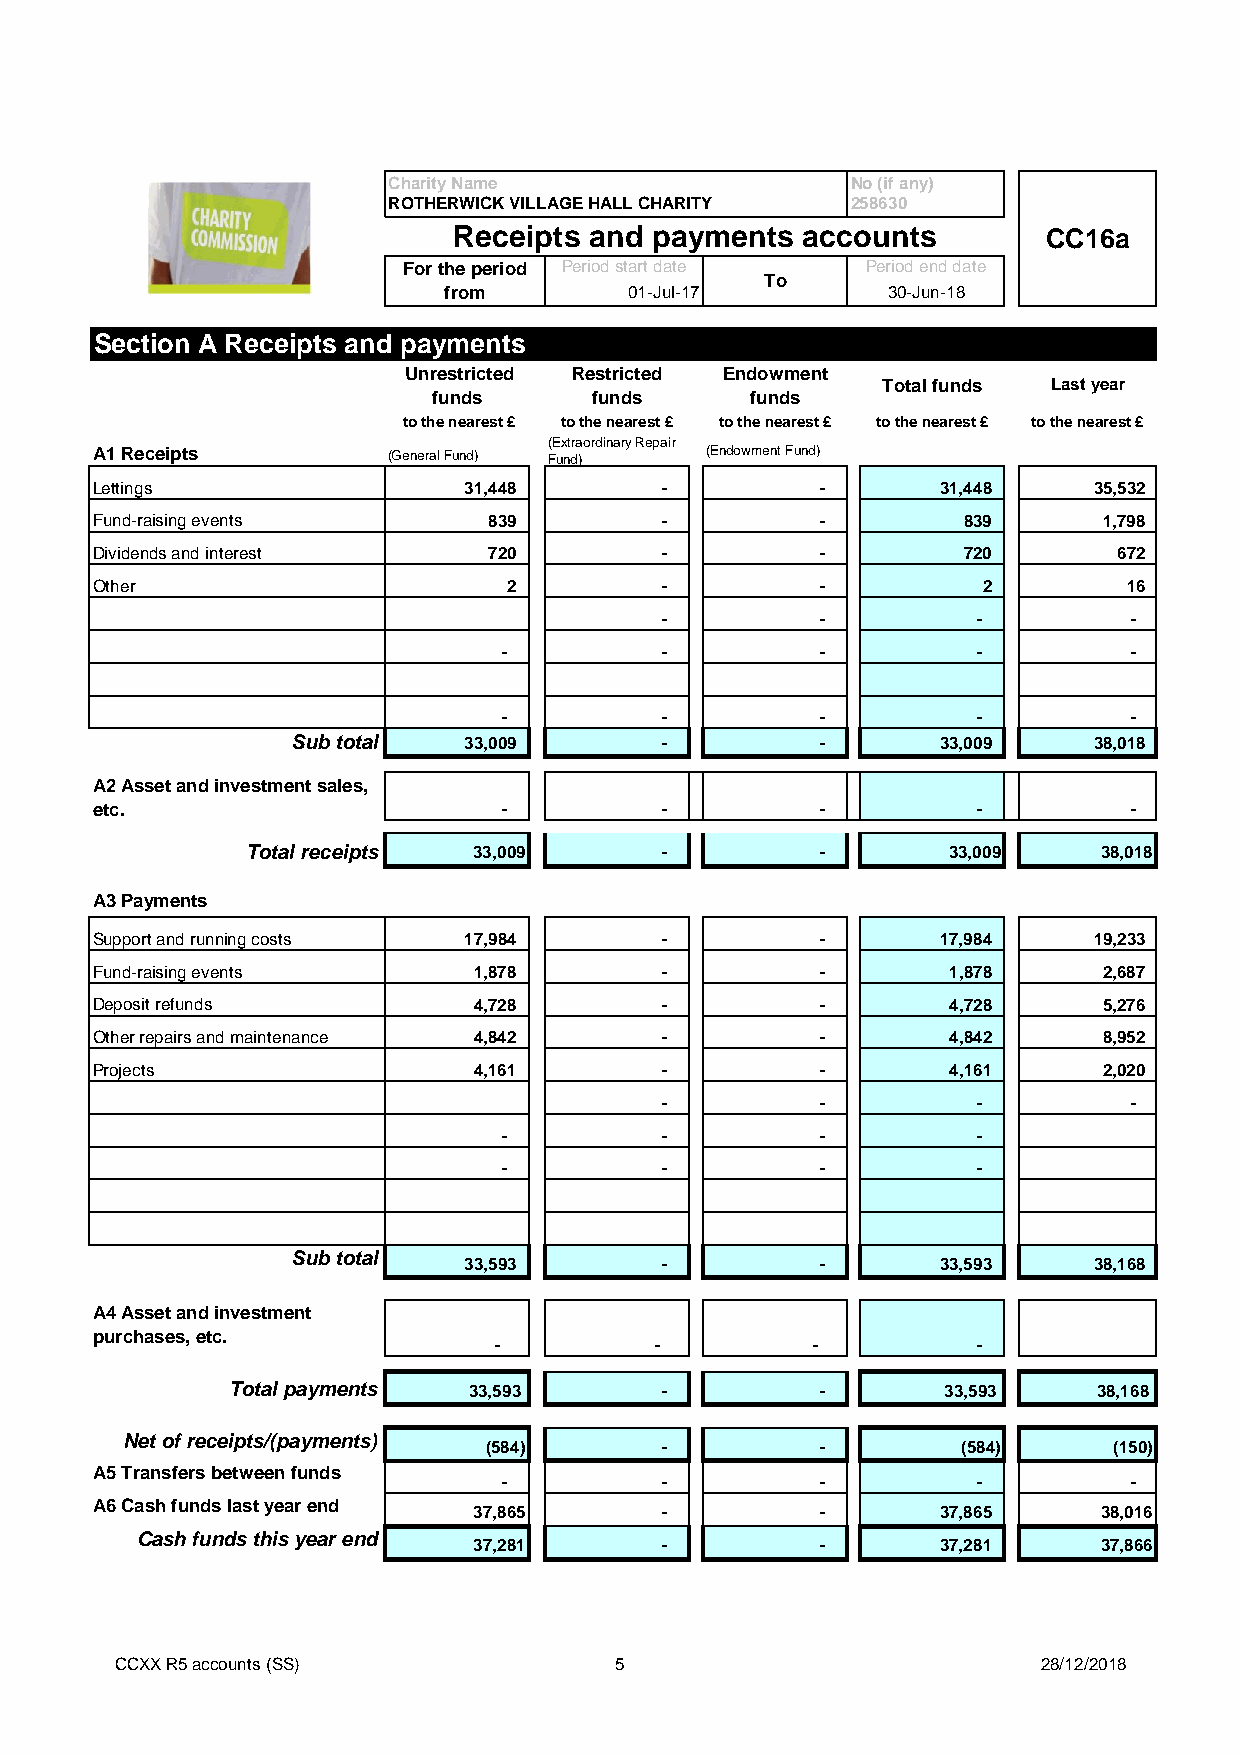
Charity Name                  No (if any)
 ROTHERWICK VILLAGE HALL CHARITY 258630
 Receipts and payments  accounts        CC16a
 For the period Period start date Period end date
 To
 from         01-Jul-17        30-Jun-18
 Section A Receipts and payments
 Unrestricted Restricted Endowment
 Total funds Last year
 funds     funds      funds
 to the nearest £ to the nearest £ to the nearest £ to the nearest £ to the nearest £
 (Extraordinary Repair
 A1 Receipts         (General Fund) Fund) (Endowment Fund)
 Lettings                 31,448       -         -       31,448    35,532
 Fund-raising events       839         -         -         839      1,798
 Dividends and interest    720         -         -         720       672
 Other                       2         -         -          2         16
 -         -          -         -
 -          -         -          -         -
 -          -         -          -         -
 Sub total   33,009       -         -       33,009    38,018
 A2 Asset and investment sales,
 etc.                       -          -         -          -         -
 Total receipts 33,009       -         -        33,009    38,018
 A3 Payments
 Support and running costs 17,984      -         -       17,984    19,233
 Fund-raising events      1,878        -         -        1,878     2,687
 Deposit refunds          4,728        -         -        4,728     5,276
 Other repairs and maintenance 4,842   -         -        4,842     8,952
 Projects                 4,161        -         -        4,161     2,020
 -         -          -         -
 -          -         -          -
 -          -         -          -
 Sub total
 33,593       -         -       33,593    38,168
 A4 Asset and investment
 purchases, etc.
 -         -          -          -
 Total payments  33,593       -         -       33,593     38,168
 Net of receipts/(payments)
 (584)       -         -         (584)     (150)
 A5 Transfers between funds
 -          -         -          -         -
 A6 Cash funds last year end
 37,865       -         -       37,865     38,016
 Cash funds this year end
 37,281       -         -       37,281     37,866
 CCXX R5 accounts (SS)            5                           28/12/2018